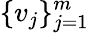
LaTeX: \{ v_{j}\} _{j=1}^{m}